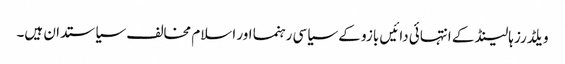
ویلڈرز ہالینڈ کے انتہائی دائیں بازو کے سیاسی رہنما اور اسلام مخالف سیاستدان ہیں۔